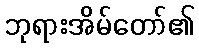
ဘုရားအိမ်တော်၏